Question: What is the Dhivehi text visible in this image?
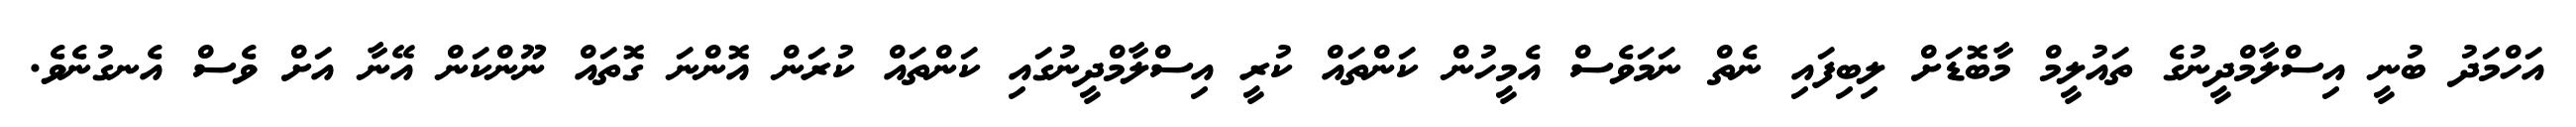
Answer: އަހްމަދު ބުނީ އިސްލާމްދީނުގެ ތައުލީމް މާބޮޑަށް ލިބިފައި ނެތް ނަމަވެސް އެމީހުން ކަންތައް ކުރީ އިސްލާމްދީނުގައި ކަންތައް ކުރަން އޮންނަ ގޮތައް ނޫންކަން އޭނާ އަށް ވެސް އެނގުނެވެ.